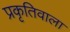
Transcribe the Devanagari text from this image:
प्रकृतिवाला